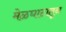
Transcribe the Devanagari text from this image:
मेळघाटातून